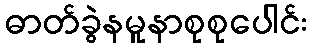
ဓာတ်ခွဲနမူနာစုစုပေါင်း